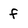
Character: f